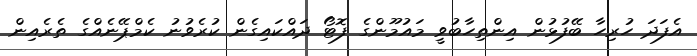
އެފަދަ ހުރިހާ ބޭފުޅުން އިންތިހާބުވީ މައުމޫންގެ ފޮޓޯ ދައްކައިގެން ކުރެވުނު ކެމްޕޭނެއްގެ ތެރެއިން